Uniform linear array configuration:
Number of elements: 8
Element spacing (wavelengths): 0.25
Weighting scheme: kaiser
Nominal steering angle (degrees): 30
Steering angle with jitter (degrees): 29.223
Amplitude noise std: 0.05
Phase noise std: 0.05

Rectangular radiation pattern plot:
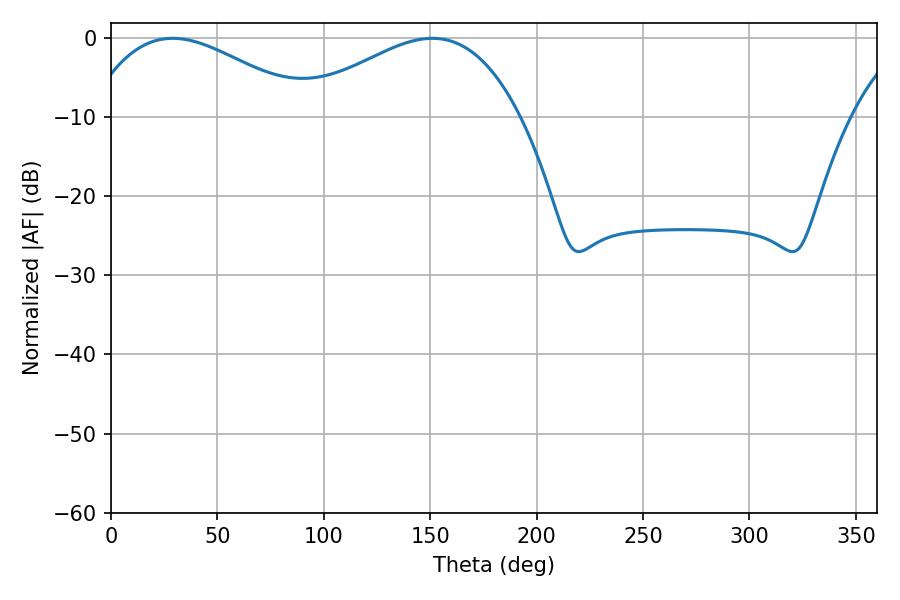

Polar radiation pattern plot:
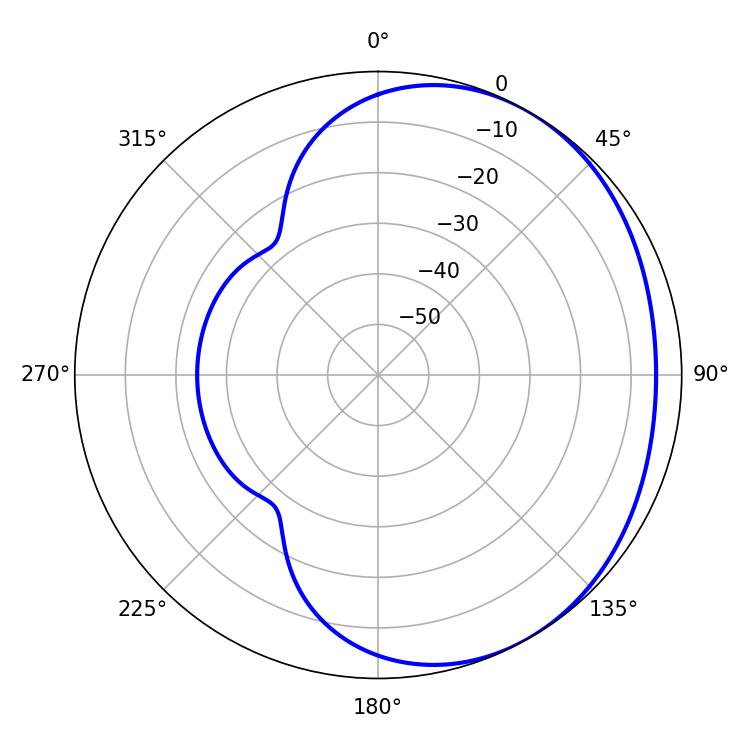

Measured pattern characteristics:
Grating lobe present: FALSE
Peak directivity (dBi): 2.36
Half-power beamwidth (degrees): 57.06
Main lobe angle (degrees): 28.98